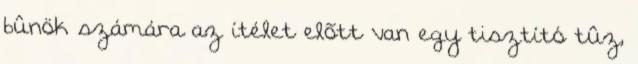
bûnök számára az ítélet elõtt van egy tisztító tûz,